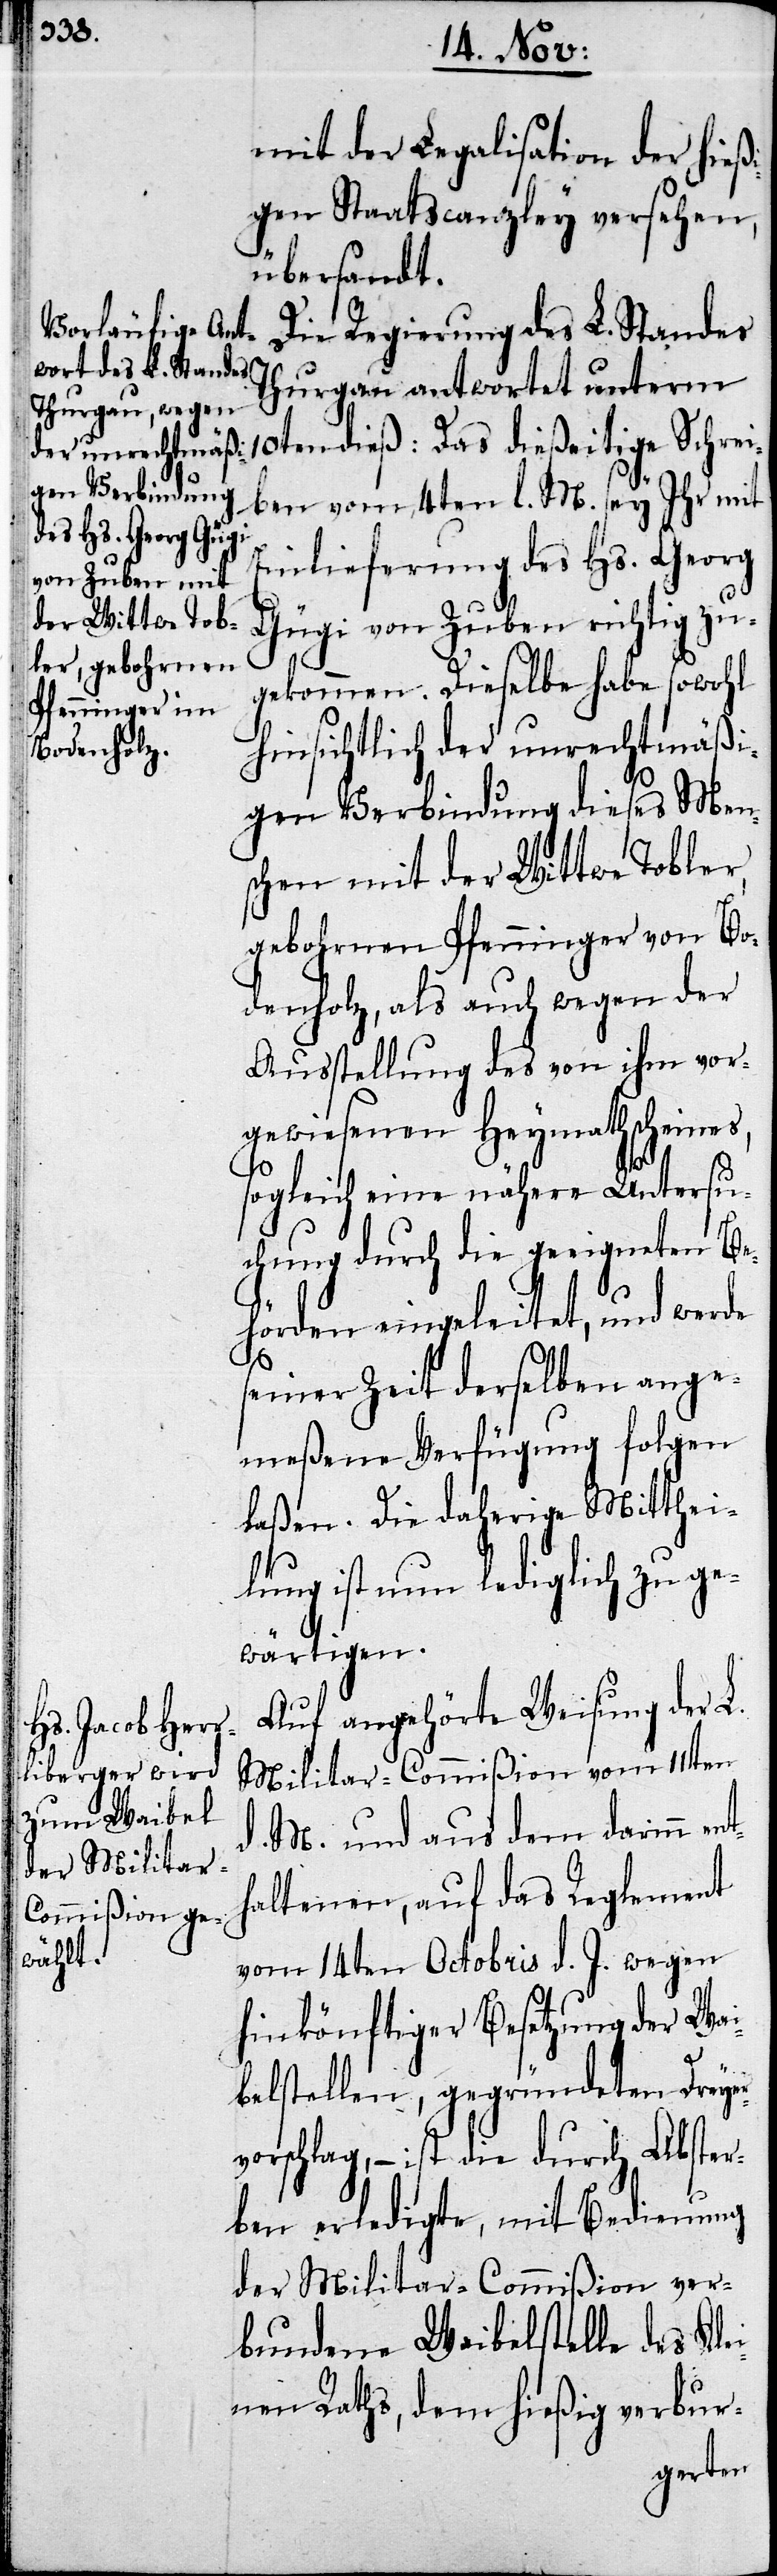
Die Regierung des L. Standes
Thurgau antwortet unterm
10ten dieß: Das dießeitige Schrei¬
ben vom 4ten l. M. sey Ihr mit
Einlieferung des Hs. Georg
Gügi von Zuben richtig zu¬
gekommen. Dieselbe habe sowohl
hinsichtlich der unrechtmäßi¬
gen Verbindung dieses Men¬
schen mit der Wittwe Tobler,
gebohrnen Pfenninger von Bo¬
denholz, als auch wegen der
Ausstellung des von ihm vor¬
gewiesenen Heymathscheines,
sogleich eine nähere Untersu¬
chung durch die geeigneten Be¬
hörden eingeleitet, und werde
seiner Zeit derselben ange¬
meßene Verfügung folgen
laßen. Die daherige Mitthei¬
lung ist nun lediglich zu ge¬
wärtigen.
Auf angehörte Weisung der L.
Militar-Commißion vom 11.ten
M. und aus dem darinn ent¬
haltenen, auf das Reglement
vom 14ten Octobris d. J. wegen
hinkönftiger Besetzung der Wai¬
belstellen, gegründeten Dreyer¬
vorschlag, – ist die durch Abster¬
ben erledigte, mit Bedienung
der Militar-Commißion ver¬
bundene Waibelstelle des Klei¬
nen Raths, dem hießig verbur-